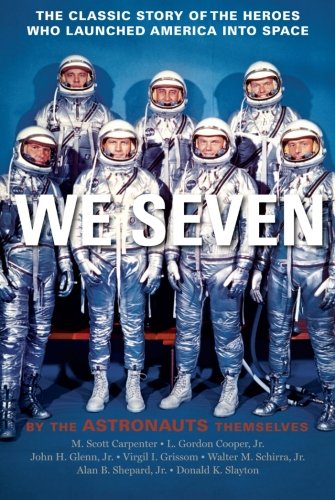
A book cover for We Seven: By the Astronauts Themselves; M. Scott Carpenter; Science & Math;